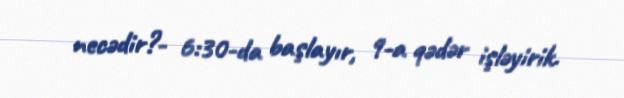
necədir?- 6:30-da başlayır, 9-a qədər işləyirik.